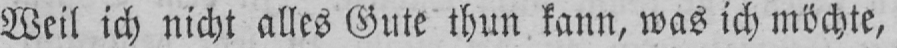
Weil ich nicht alles Gute thun kann, was ich möchte,